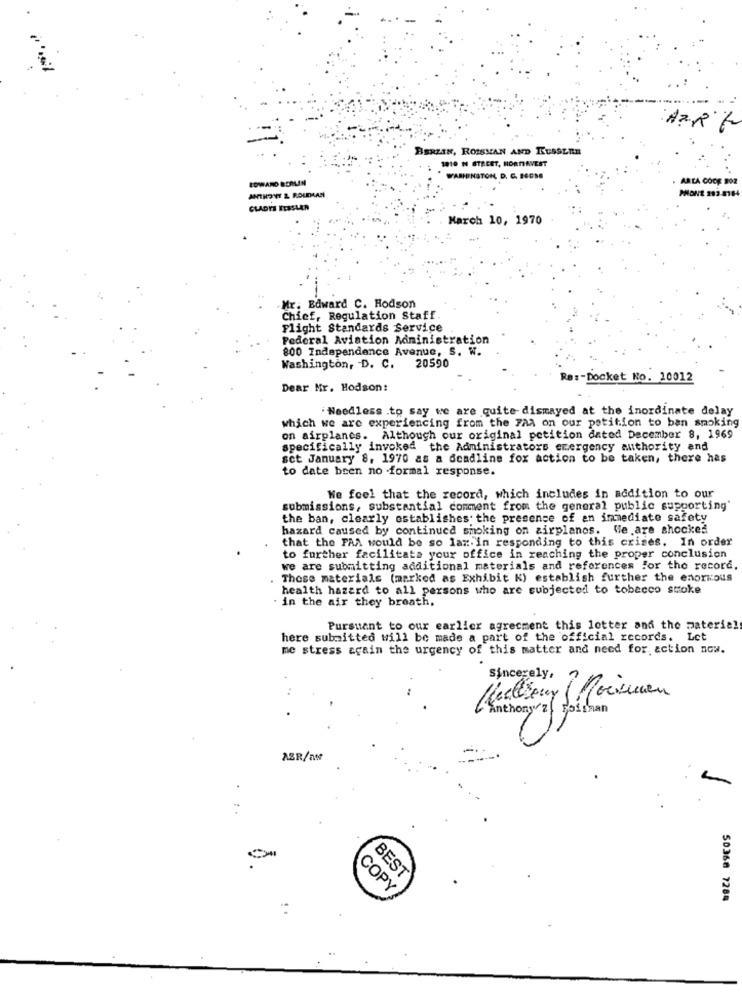
AZR.L
BERLIN, ROISMAN AND RUSSERE
1010 N STREET, NORTHAVEST
EDWARD ROPLAN
WASHINGTON, D. C. 86GSG
AREA CODE 202
MONE 293-8184
ANTHONY & ROUDAASÍ
GLADYS ITSSLER
March 10, 1970
Mr. Edward C. Hodson
Chief, Regulation Staff
Flight Standards Service
Federal Aviation Administration
800 Independence Avenue, S. W.
20590
Washington, D. C.
Re :- Docket No. 10012
Dear Mr. Hodson:
.Needless .to say we are quite-dismayed at the inordinate delay
which we are experiencing from the FAA on our petition to ban smoking
on airplanes. Although our original petition dated December 8, 1969
specifically invoked the Administrators emergency authority and
sct January 8, 1970 as a deadline fox action to be taken, there has
to date been no formal response.
We feel that the record, which includes in addition to our
submissions, substantial comment from the general public supporting"
the ban, clearly establishes. the presence of an immediate safety
hazard caused by continued smoking on airplanes. We are shocked
that the FAA would be so lar in responding to this crises. In order
to further facilitata your office in reaching the proper conclusion
we are submitting additional materials and references for the record,
These materials (marked as Exhibit K) establish further the enormous
health hazard to all persons who are subjected to tobacco stoke
. in the air they breath,
Pursuant to our earlier agreement this letter and the material
here submitted will be made a part of the official records. Let
me stress again the urgency of this matter and need for. action now.
Sincerely,
feelsour !Moimen
Anthony z( Poisman
ABR/at
BEST
COPY
50368 7284